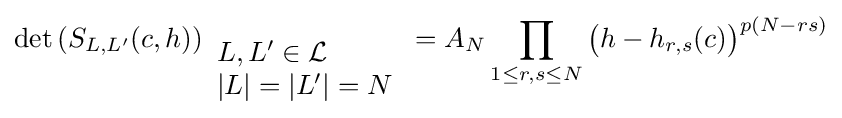
\det \left(S_{L,L'}(c,h)\right)_{\begin{array}{l}L,L'\in {\mathcal {L}}\\|L|=|L'|=N\end{array}}=A_{N}\prod _{1\leq r,s\leq N}{\big (}h-h_{r,s}(c){\big )}^{p(N-rs)}